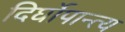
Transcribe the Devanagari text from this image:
दिर्घोपान्त्य